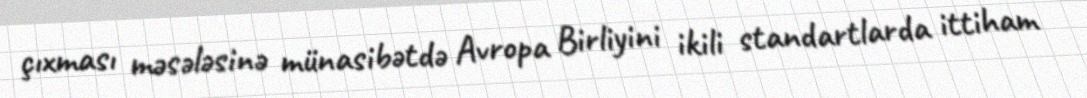
çıxması məsələsinə münasibətdə Avropa Birliyini ikili standartlarda ittiham